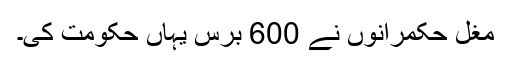
مغل حکمرانوں نے 600 برس یہاں حکومت کی۔